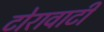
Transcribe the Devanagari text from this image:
टोरावाटी